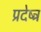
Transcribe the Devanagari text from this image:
प्रदेष्ट्र